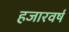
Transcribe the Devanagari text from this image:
हजारवर्ष